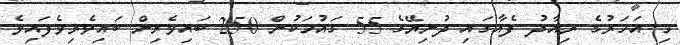
މި އަހަރުގެ ރިއާދު ފެއާގައި ދުނިޔޭގެ 55 ގައުމަކުން 250 ބައިވެރިން ބައިވެރިވެފައިވެ